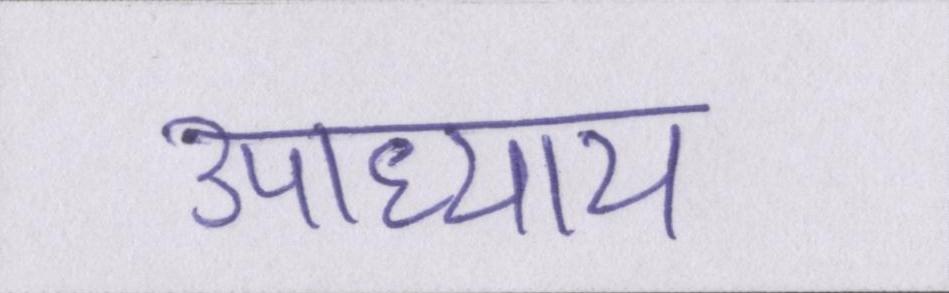
उपाध्याय